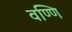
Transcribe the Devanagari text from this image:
वण्णि